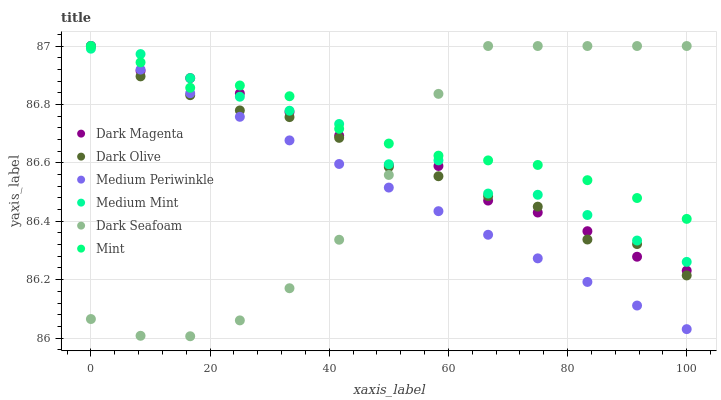
| xaxis_label | Dark Magenta | Dark Olive | Medium Periwinkle | Medium Mint | Dark Seafoam | Mint |
 | --- | --- | --- | --- | --- | --- | --- |
 | 0 | 87 | 87 | 87 | 87 | 86.1 | 87 |
 | 8.33 | 86.9 | 86.9 | 86.9 | 87 | 86 | 86.9 |
 | 16.7 | 86.9 | 86.8 | 86.8 | 86.9 | 86 | 86.9 |
 | 25 | 86.8 | 86.8 | 86.8 | 86.8 | 86.1 | 86.9 |
 | 33.3 | 86.8 | 86.8 | 86.7 | 86.8 | 86.2 | 86.8 |
 | 41.7 | 86.7 | 86.7 | 86.6 | 86.7 | 86.3 | 86.7 |
 | 50 | 86.6 | 86.6 | 86.5 | 86.6 | 86.6 | 86.7 |
 | 58.3 | 86.6 | 86.6 | 86.4 | 86.6 | 86.8 | 86.6 |
 | 66.7 | 86.5 | 86.5 | 86.4 | 86.5 | 87 | 86.6 |
 | 75 | 86.4 | 86.4 | 86.3 | 86.5 | 87 | 86.6 |
 | 83.3 | 86.4 | 86.3 | 86.2 | 86.4 | 87 | 86.5 |
 | 91.7 | 86.3 | 86.3 | 86.1 | 86.3 | 87 | 86.5 |
 | 100 | 86.2 | 86.2 | 86 | 86.3 | 87 | 86.4 |